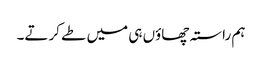
ہم راستہ چھاؤں ہی میں طے کرتے۔